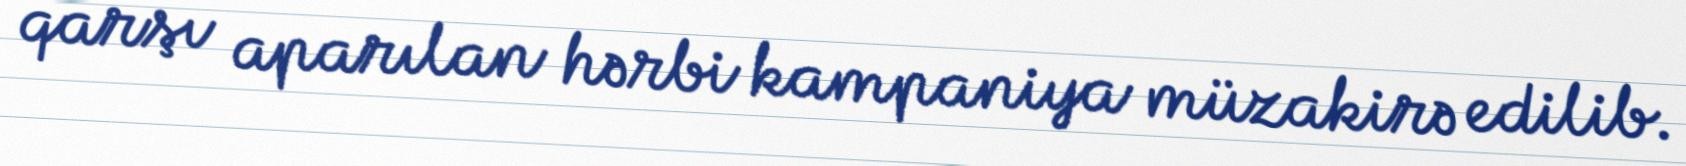
qarşı aparılan hərbi kampaniya müzakirə edilib.